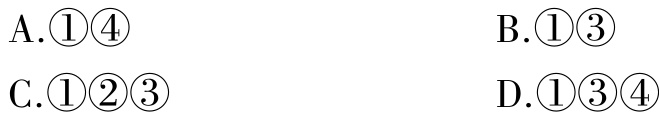
A.\textcircled{1}\textcircled{4}

B.\textcircled{1}\textcircled{3}

C.\textcircled{1}\textcircled{2}\textcircled{3}

D.\textcircled{1}\textcircled{3}\textcircled{4}